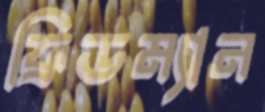
ফ্রিডম্যান